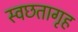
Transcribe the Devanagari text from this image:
स्वछतागृह